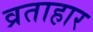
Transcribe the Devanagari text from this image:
व्रताहार